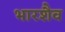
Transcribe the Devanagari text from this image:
भारशैव